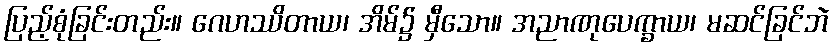
ပြည့်စုံခြင်းတည်း။ ဂေဟဿိတာယ၊ အိမ်၌ မှီသော။ အညာဏုပေက္ခာယ၊ မဆင်ခြင်ဘဲ